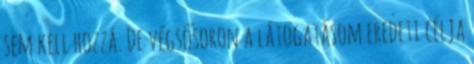
sem kell hozzá. De végsősoron a látogatásom eredeti célja